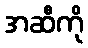
အဆီကို